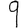
Digit: 9